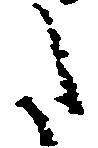
た